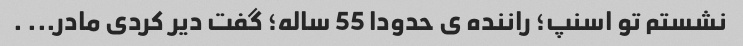
نشستم تو اسنپ؛ راننده ی حدودا 55 ساله؛ گفت دیر کردی مادر... .